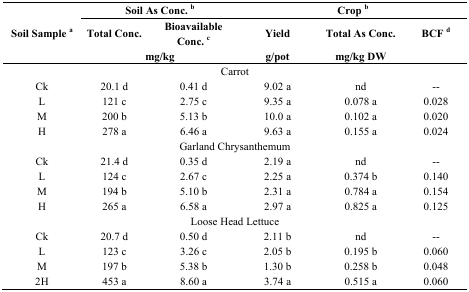
<table><thead><tr><td rowspan="3"><b>Soil Sample <sup>a</sup></b></td><td colspan="2"><b>Soil As Conc. <sup>b</sup></b></td><td colspan="3"><b>Crop <sup>b</sup></b></td></tr><tr><td><b>Total Conc.</b></td><td><b>Bioavailable Conc. <sup>c</sup></b></td><td><b>Yield</b></td><td><b>Total As Conc.</b></td><td><b>BCF <sup>d</sup></b></td></tr><tr><td colspan="2"><b>mg/kg</b></td><td><b>g/pot</b></td><td><b>mg/kg DW</b></td><td></td></tr></thead><tbody><tr><td colspan="6">Carrot</td></tr><tr><td>Ck</td><td>20.1 d</td><td>0.41 d</td><td>9.02 a</td><td>nd</td><td>--</td></tr><tr><td>L</td><td>121 c</td><td>2.75 c</td><td>9.35 a</td><td>0.078 a</td><td>0.028</td></tr><tr><td>M</td><td>200 b</td><td>5.13 b</td><td>10.0 a</td><td>0.102 a</td><td>0.020</td></tr><tr><td>H</td><td>278 a</td><td>6.46 a</td><td>9.63 a</td><td>0.155 a</td><td>0.024</td></tr><tr><td colspan="6">Garland Chrysanthemum</td></tr><tr><td>Ck</td><td>21.4 d</td><td>0.35 d</td><td>2.19 a</td><td>nd</td><td>--</td></tr><tr><td>L</td><td>124 c</td><td>2.67 c</td><td>2.25 a</td><td>0.374 b</td><td>0.140</td></tr><tr><td>M</td><td>194 b</td><td>5.10 b</td><td>2.31 a</td><td>0.784 a</td><td>0.154</td></tr><tr><td>H</td><td>265 a</td><td>6.58 a</td><td>2.97 a</td><td>0.825 a</td><td>0.125</td></tr><tr><td colspan="6">Loose Head Lettuce</td></tr><tr><td>Ck</td><td>20.7 d</td><td>0.50 d</td><td>2.11 b</td><td>nd</td><td>--</td></tr><tr><td>L</td><td>123 c</td><td>3.26 c</td><td>2.05 b</td><td>0.195 b</td><td>0.060</td></tr><tr><td>M</td><td>197 b</td><td>5.38 b</td><td>1.30 b</td><td>0.258 b</td><td>0.048</td></tr><tr><td>2H</td><td>453 a</td><td>8.60 a</td><td>3.74 a</td><td>0.515 a</td><td>0.060</td></tr></tbody></table>